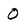
Character: 0